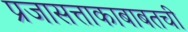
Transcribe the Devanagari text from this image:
प्रजासत्ताकाबाबतची